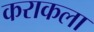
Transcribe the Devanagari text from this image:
कराकला